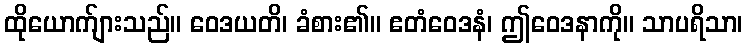
ထိုယောက်ျားသည်။ ဝေဒယတိ၊ ခံစား၏။ ဧတံဝေဒနံ၊ ဤဝေဒနာကို။ သာပရိသာ၊